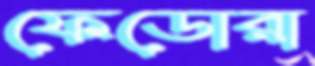
ফেডোরা